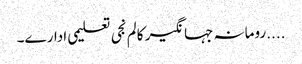
....رومانہ جہانگیر کالم	نجی تعلیمی ادارے۔